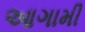
આગામી